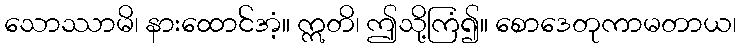
သောဿာမိ၊ နားထောင်အံ့။ ဣတိ၊ ဤသို့ကြံ၍။ စောဒေတုကာမတာယ၊